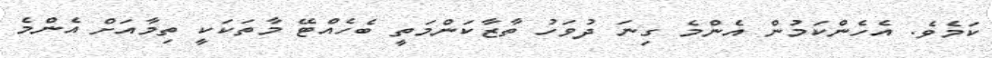
ކަމެވެ. އެހެންކަމުން އެންމެ ގިނަ ދުވަހު ތާޒާކަންމަތީ ބެހެއްޓޭ މާތަކަކީ ތިމާއަށް އެންމެ